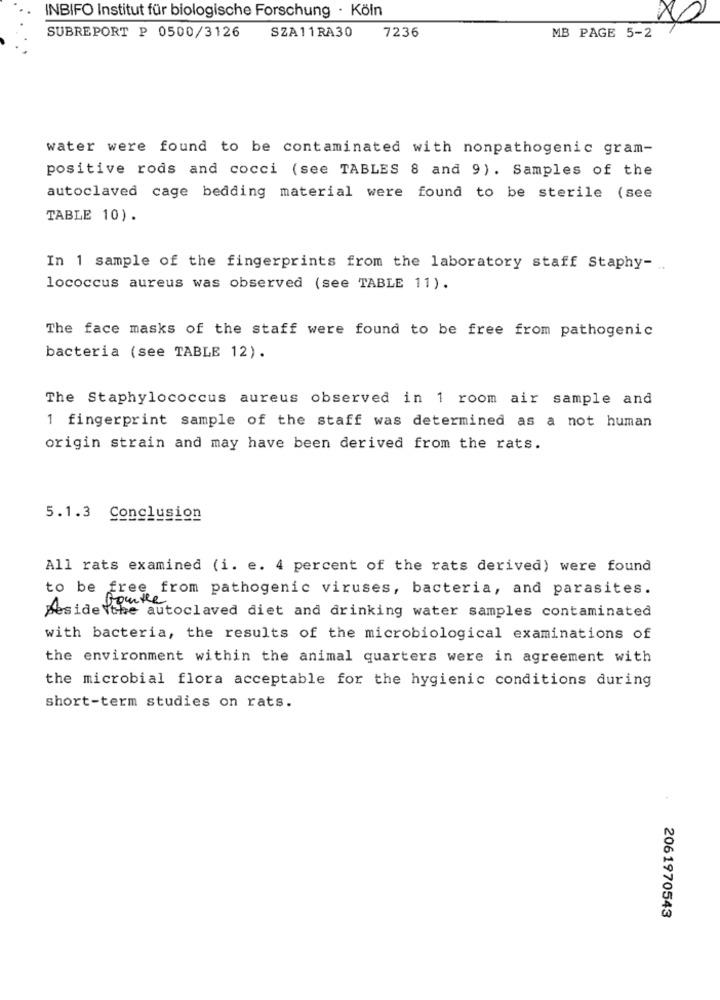
INBIFO Institut für biologische Forschung - Köln
SUBREPORT P 0500/3126
SZA11RA30
7236
MB PAGE 5-2
water were found to be contaminated with nonpathogenic gram-
positive rods and cocci (see TABLES 8 and 9). Samples of the
autoclaved cage bedding material were found to be sterile (see
TABLE 10).
In 1 sample of the fingerprints from the laboratory staff Staphy- ..
lococcus aureus was observed (see TABLE 11).
The face masks of the staff were found to be free from pathogenic
bacteria (see TABLE 12).
The Staphylococcus aureus observed in 1 room air sample and
1 fingerprint sample of the staff was determined as a not human
origin strain and may have been derived from the rats.
5.1.3 Conclusion
All rats examined (i. e. 4 percent of the rats derived) were found
to be free from pathogenic viruses, bacteria, and parasites.
Deside the autoclaved diet and drinking water samples contaminated
with bacteria, the results of the microbiological examinations of
the environment within the animal quarters were in agreement with
the microbial flora acceptable for the hygienic conditions during
short-term studies on rats.
2061970543